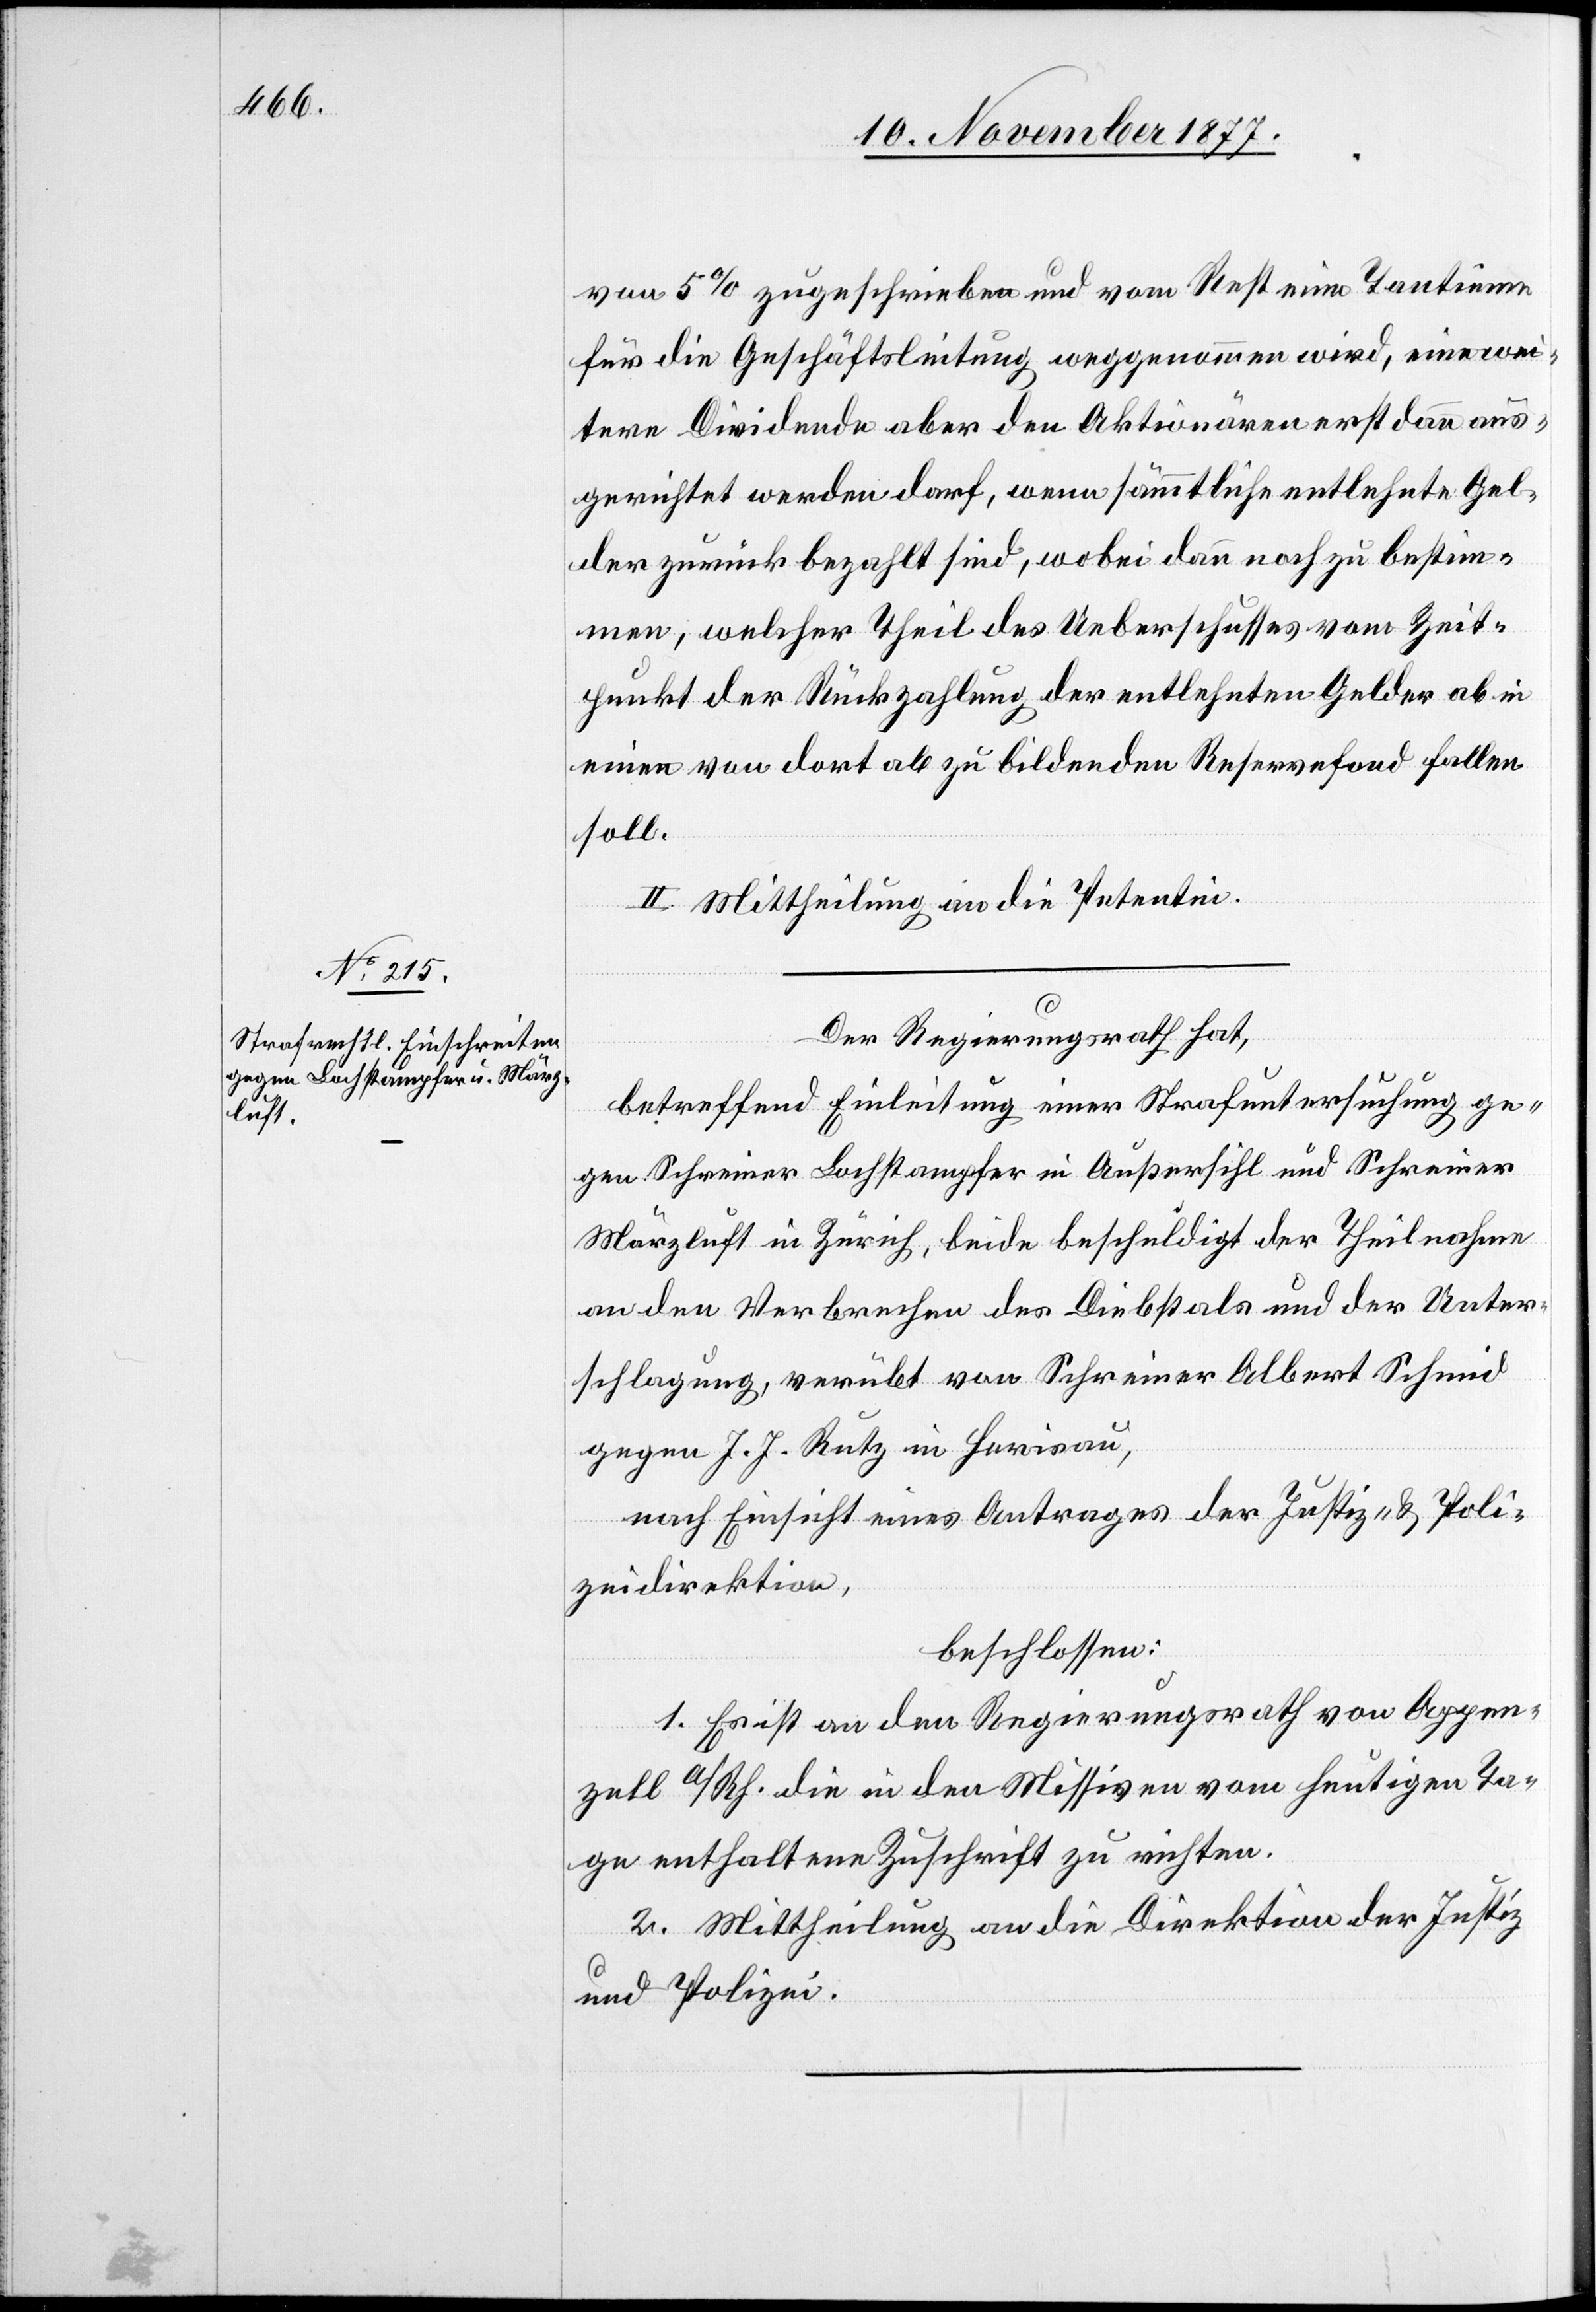
von 5% zugeschrieben und vom Rest eine Tantieme
für die Geschäftsleitung weggenommen wird, eine wei¬
tere Dividende aber den Aktionären erst dann aus¬
gerichtet werden darf, wenn sämmtliche entlehnte Gel¬
der zurück bezahlt sind, wobei dann noch zu bestim¬
men, welcher Theil des Ueberschusses vom Zeit¬
punkt der Rückzahlung der entlehnten Gelder ab in
einen von dort ab zu bildenden Reservefond fallen
soll.
II. Mittheilung an die Petentin.
Der Regierungsrath hat,
betreffend Einleitung einer Strafuntersuchung ge¬
gen Schreiner Lochstampfer in Außersihl und Schreiner
Märzluft in Zürich, beide beschuldigt der Theilnahme
an den Verbrechen des Diebstals und der Unter¬
schlagung, verübt von Schreiner Albert Schmid
gegen J. J. Rutz in Herisau,
nach Einsicht eines Antrages der Justiz- & Poli¬
zeidirektion,
beschlossen:
1. Es ist an den Regierungsrath von Appen¬
zell A/Rh. die in den Missiven vom heutigen Ta¬
ge enthaltene Zuschrift zu richten.
2. Mittheilung an die Direktion der Justiz
und Polizei.